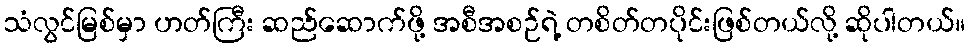
သံလွင်မြစ်မှာ ဟတ်ကြီး ဆည်ဆောက်ဖို့ အစီအစဉ်ရဲ့ တစိတ်တပိုင်းဖြစ်တယ်လို့ ဆိုပါတယ်။